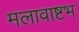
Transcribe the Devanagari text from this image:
मलावाष्टभ